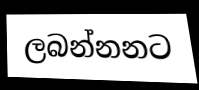
ලබන්නනට